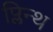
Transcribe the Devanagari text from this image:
प्लिन्थ